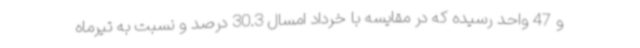
و 47 واحد رسیده که در مقایسه با خرداد امسال 30.3 درصد و نسبت به تیرماه